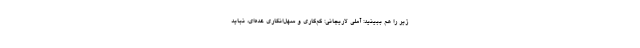
زیر را هم ببینید: آملی لاریجانی: کم‌کاری و سهل‌انگاری عده‌ای، نباید